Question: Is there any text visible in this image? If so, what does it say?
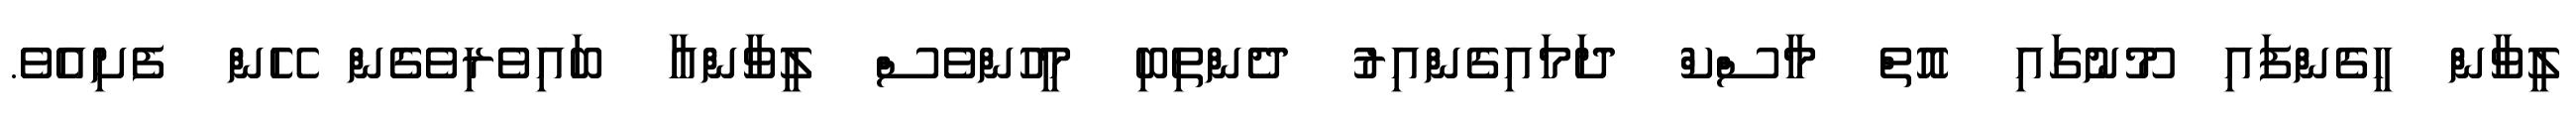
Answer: ލީވާން ހީގެންފައި މޫނުގައި އޮތް މާސްކް ދަމައިގެންއިރު ދެންތިބި މީހުންވެސް ލީވާންއާ ބައިވެރިވެގެން ހޭން ފެށިއެވެ.